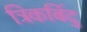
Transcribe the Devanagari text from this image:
त्रिकबिंदु